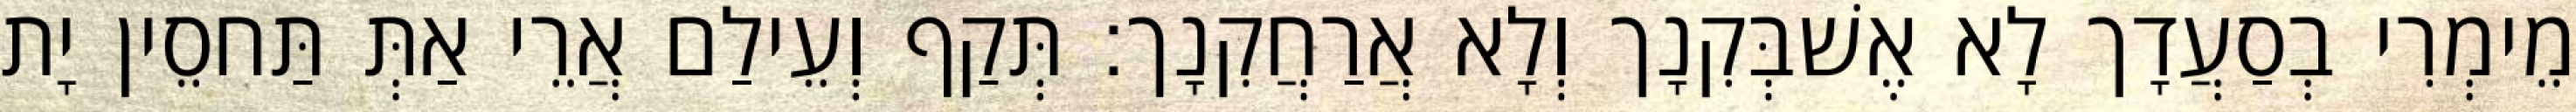
מֵימְרִי בְסַעֲדָך לָא אֶשׁבְּקִנָך וְלָא אֲרַחֲקִנָך׃ תְּקַף וְעֵילַם אֲרֵי אַתְּ תַּחסֵין יָת